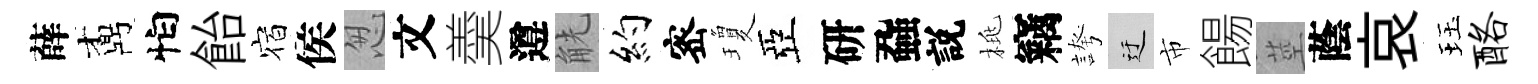
薛鼒怕飴宿侯怱文羮遵觥約宻瓊亞研蝨説桃竊誇迂市餳莖蔭哀珏酪